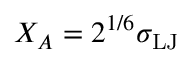
X _ { A } = 2 ^ { 1 / 6 } \sigma _ { \mathrm { L J } }